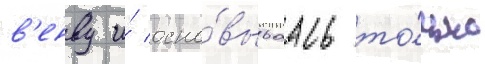
в'енву и́ осно́вываась то́лько